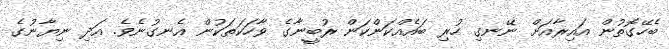
ބެހޭގޮތުން އައިރާއަށް ނޭނގި ހުރި ބައެއްކަންކަން ރުބީނާގެ ވާހަކަތަކުން އެނގުނެވެ. އަދި ނިޔާނުގެ